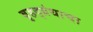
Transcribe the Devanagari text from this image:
बृहद्ग्रंथाचा